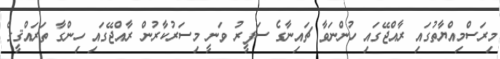
މިރަސްމިއްޔާތުގައި ރާއްޖޭގައި ހުންނަވާ ޗައިނާގެ ސަފީރު ވަނީ މިސަރުކާރުން ރާއްޖޭގައި ހިންގާ ތަރައްޤީގެ